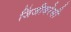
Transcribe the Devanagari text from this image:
जिंजीबरेसी